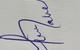
Signature authenticity: genuine